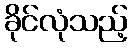
ခိုင်လုံသည့်